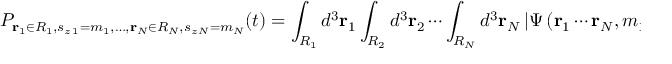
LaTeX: P _ { \mathbf { r } _ { 1 } \in R _ { 1 } , s _ { z \, 1 } = m _ { 1 } , \ldots , \mathbf { r } _ { N } \in R _ { N } , s _ { z \, N } = m _ { N } } ( t ) = \int _ { R _ { 1 } } d ^ { 3 } \mathbf { r } _ { 1 } \int _ { R _ { 2 } } d ^ { 3 } \mathbf { r } _ { 2 } \cdots \int _ { R _ { N } } d ^ { 3 } \mathbf { r } _ { N } \left| \Psi \left( \mathbf { r } _ { 1 } \cdots \mathbf { r } _ { N } , m _ { 1 } \cdots m _ { N } , t \right) \right| ^ { 2 }